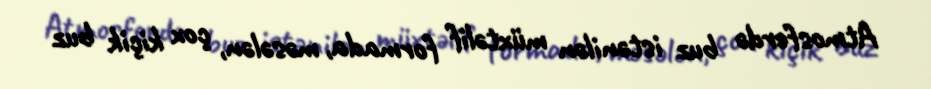
Atmosferdə buz istənilən müxtəlif formada, məsələn, çox kiçik buz